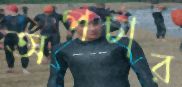
অপচার